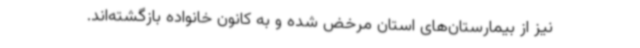
نیز از بیمارستان‌های استان مرخض شده و به کانون خانواده بازگشته‌اند.